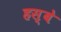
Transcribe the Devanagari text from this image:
हस्बे